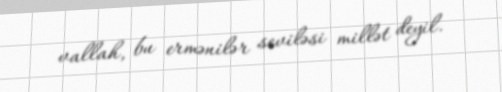
vallah, bu ermənilər seviləsi millət deyil.